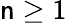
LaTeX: \mathsf{n}\geq1